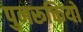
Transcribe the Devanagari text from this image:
पुनरूक्तियों